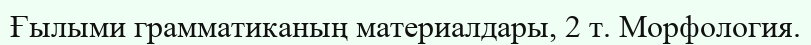
Ғылыми грамматиканың материалдары, 2 т. Морфология.